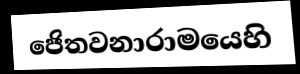
ජෙිතවනාරාමයෙහි